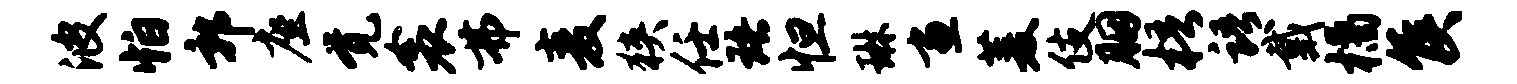
波怕郭座觉衾弗麦狭任珞怛琳画菱伎胭梧语戴橘侯